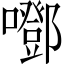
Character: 𡂱